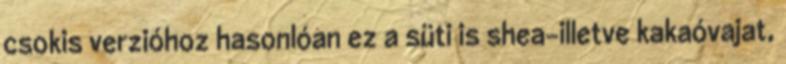
csokis verzióhoz hasonlóan ez a süti is shea-illetve kakaóvajat,